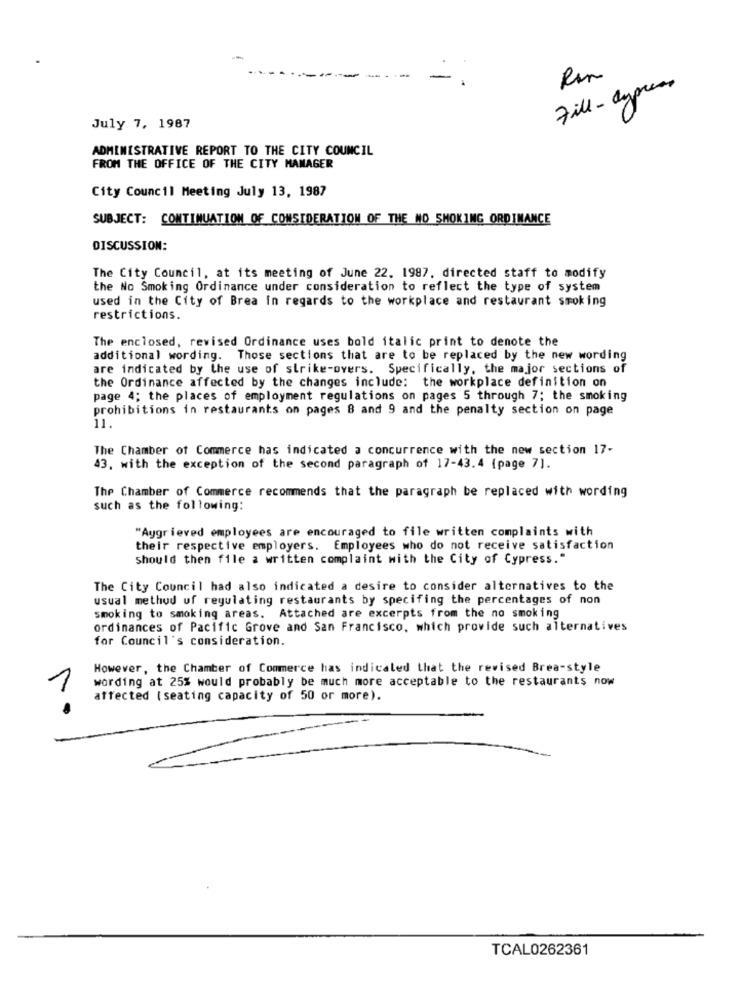
Fill - cypress
July 7, 1987
ADMINISTRATIVE REPORT TO THE CITY COUNCIL
FROM THE OFFICE OF THE CITY MANAGER
City Council Meeting July 13, 1987
SUBJECT: CONTINUATION OF CONSIDERATION OF THE NO SMOKING ORDINANCE
DISCUSSION:
The City Council, at its meeting of June 22. 1987, directed staff to modify
the No Smoking Ordinance under consideration to reflect the type of system
used in the City of Brea in regards to the workplace and restaurant smoking
restrictions.
The enclosed, revised Ordinance uses bold italic print to denote the
additional wording. Those sections that are to be replaced by the new wording
are indicated by the use of strike-overs. Specifically, the major sections of
the Ordinance affected by the changes include: the workplace definition on
page 4; the places of employment regulations on pages 5 through 7; the smoking
prohibitions in restaurants on pages 8 and 9 and the penalty section on page
11.
The Chamber of Commerce has indicated a concurrence with the new section 17-
43, with the exception of the second paragraph of 17-43.4 (page 7].
The Chamber of Commerce recommends that the paragraph be replaced with wording
such as the following:
"Aggrieved employees are encouraged to file written complaints with
their respective employers. Employees who do not receive satisfaction
Should then file a written complaint with the City of Cypress."
The City Council had also indicated a desire to consider alternatives to the
usual method of regulating restaurants by specifing the percentages of non
smoking to smoking areas. Attached are excerpts from the no smoking
ordinances of Pacific Grove and San Francisco, which provide such alternatives
for Council's consideration.
However, the Chamber of Commerce has indicaled that the revised Brea-style
wording at 25% would probably be much more acceptable to the restaurants now
1
affected (seating capacity of 50 or more).
TCAL0262361